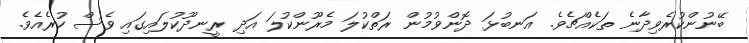
ބޭނުންކުރެވިދާނެ ތަކެއްޗެވެ. އަނބުޅަ ދޮންވުމުން ރަތްކުލަ މެރޫންކުލަ އަދި ރީނދޫކުލައިގައި ވެސް ހުރެއެވެ.